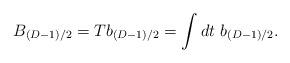
LaTeX: \begin{align*}B_{(D-1)/2}=Tb_{(D-1)/2}=\int dt ~b_{(D-1)/2}.\end{align*}